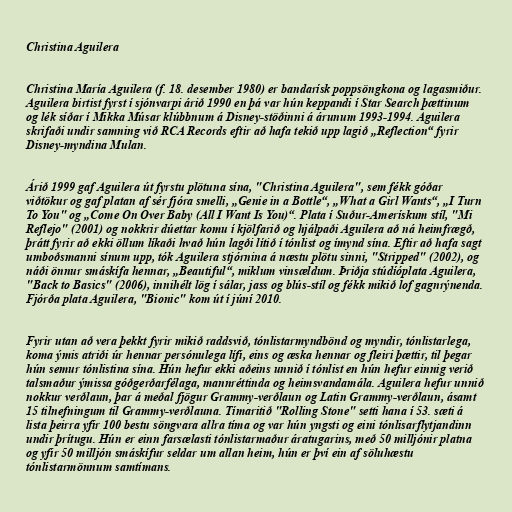
Christina Aguilera

Christina María Aguilera (f. 18. desember 1980) er bandarísk poppsöngkona og lagasmiður.
Aguilera birtist fyrst í sjónvarpi árið 1990 en þá var hún keppandi í Star Search þættinum
og lék síðar í Mikka Músar klúbbnum á Disney-stöðinni á árunum 1993-1994. Aguilera
skrifaði undir samning við RCA Records eftir að hafa tekið upp lagið „Reflection“ fyrir
Disney-myndina Mulan.

Árið 1999 gaf Aguilera út fyrstu plötuna sína, "Christina Aguilera", sem fékk góðar
viðtökur og gaf platan af sér fjóra smelli, „Genie in a Bottle“, „What a Girl Wants“, „I Turn
To You" og „Come On Over Baby (All I Want Is You)“. Plata í Suður-Amerískum stíl, "Mi
Reflejo" (2001) og nokkrir dúettar komu í kjölfarið og hjálpaði Aguilera að ná heimfrægð,
þrátt fyrir að ekki öllum líkaði hvað hún lagði lítið í tónlist og ímynd sína. Eftir að hafa sagt
umboðsmanni sínum upp, tók Aguilera stjórnina á næstu plötu sinni, "Stripped" (2002), og
náði önnur smáskífa hennar, „Beautiful“, miklum vinsældum. Þriðja stúdíóplata Aguilera,
"Back to Basics" (2006), innihélt lög í sálar, jass og blús-stíl og fékk mikið lof gagnrýnenda.
Fjórða plata Aguilera, "Bionic" kom út í júní 2010.

Fyrir utan að vera þekkt fyrir mikið raddsvið, tónlistarmyndbönd og myndir, tónlistarlega,
koma ýmis atriði úr hennar persónulega lífi, eins og æska hennar og fleiri þættir, til þegar
hún semur tónlistina sína. Hún hefur ekki aðeins unnið í tónlist en hún hefur einnig verið
talsmaður ýmissa góðgerðarfélaga, mannréttinda og heimsvandamála. Aguilera hefur unnið
nokkur verðlaun, þar á meðal fjögur Grammy-verðlaun og Latin Grammy-verðlaun, ásamt
15 tilnefningum til Grammy-verðlauna. Tímaritið "Rolling Stone" setti hana í 53. sæti á
lista þeirra yfir 100 bestu söngvara allra tíma og var hún yngsti og eini tónlisarflytjandinn
undir þrítugu. Hún er einn farsælasti tónlistarmaður áratugarins, með 50 milljónir platna
og yfir 50 milljón smáskífur seldar um allan heim, hún er því ein af söluhæstu
tónlistarmönnum samtímans.